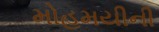
મોહમયીની